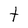
Character: t